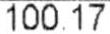
100.17